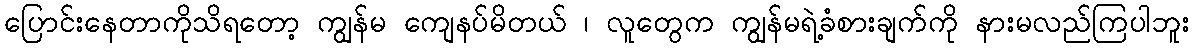
ပြောင်းနေတာကိုသိရတော့ ကျွန်မ ကျေနပ်မိတယ် ၊ လူတွေက ကျွန်မရဲ့ခံစားချက်ကို နားမလည်ကြပါဘူး